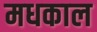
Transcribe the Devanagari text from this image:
मधकाल